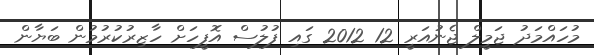
މުހައްމަދު ޖަމީލް ޖެނުއަރީ 12 2012 ގައި ފުލުސް އޮފީހަށް ހާޒިރުކުރުމުން ބަޔާން